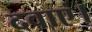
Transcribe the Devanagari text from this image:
दवाएं।